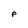
Character: P